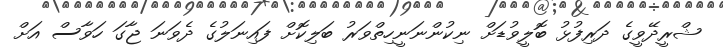
ޝްރީދޭވީގެ ދަރިފުޅު ބޮލީވުޑަށް ނިކުންނަނީހިތްވަރު ބަލިކޮށް ފައިނަލުގެ ދެވަނަ ޖާގަ ހަވާސް އަށް